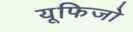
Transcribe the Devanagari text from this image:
यूफिजो